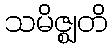
သမိဇ္ဈတိ